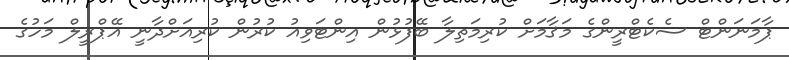
ޕާމަނަންޓް ސެކެޓްރީންގެ މަޤާމަށް ކުރިމަތިލާ ބޭފުޅުން އިންޓަވިއު ކުރުން ކުރިއަށްދާނީ އޭޕްރީލް މަހުގެ